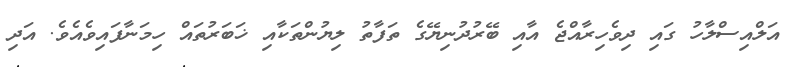
އަލްއިސްލާހު ގައި ދިވެހިރާއްޖެ އާއި ބޭރުދުނިޔޭގެ ތަފާތު ލިޔުންތަކާއި ޚަބަރުތައް ހިމަނާފައިވެއެވެ. އަދި